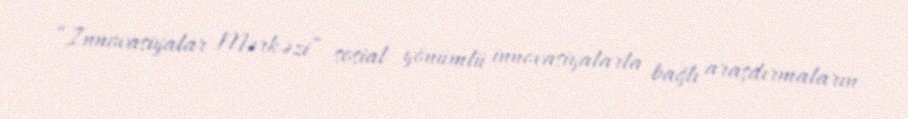
“Innovasiyalar Mərkəzi” sosial yönümlü innovasiyalarla bağlı araşdırmaların